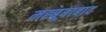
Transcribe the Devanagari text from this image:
मह्बूबाबाद